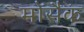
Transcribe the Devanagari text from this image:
मोसैक